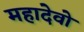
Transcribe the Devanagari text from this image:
महादेवो